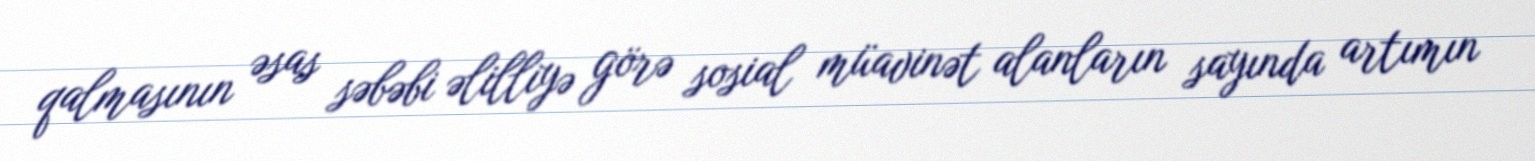
qalmasının əsas səbəbi əlilliyə görə sosial müavinət alanların sayında artımın